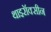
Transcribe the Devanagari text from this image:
थाइरॉक्सीन